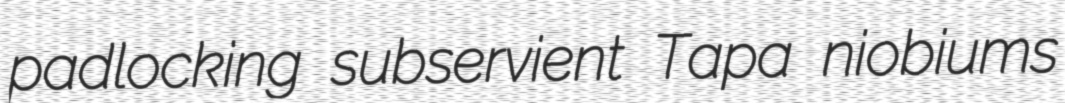
padlocking subservient Tapa niobiums